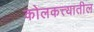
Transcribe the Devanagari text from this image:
कोलकत्त्यातील